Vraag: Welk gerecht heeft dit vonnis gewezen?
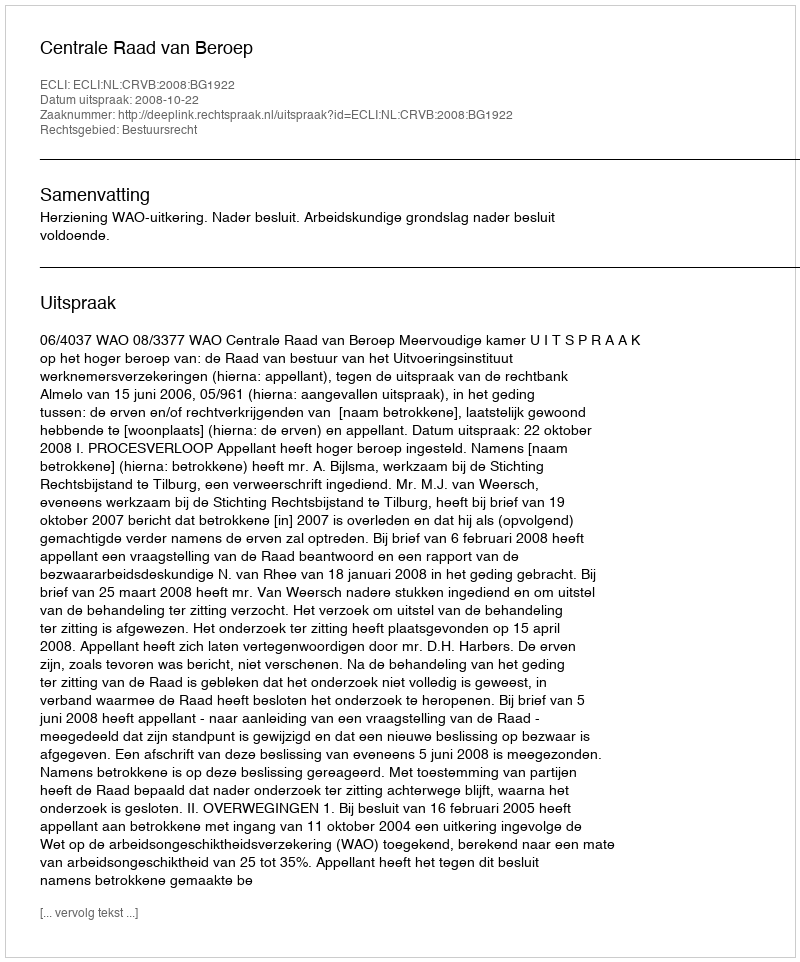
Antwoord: Centrale Raad van Beroep